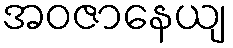
အဝဇာနေယျ